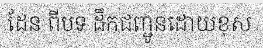
ដែន ពីបទ ដឹកជញ្ជូនដោយខុស